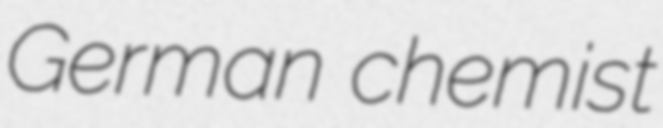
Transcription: German chemist